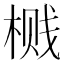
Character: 𮲶